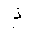
Letter: _thal